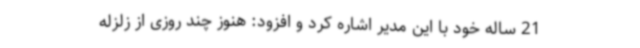
21 ساله خود با این مدیر اشاره کرد و افزود: هنوز چند روزی از زلزله